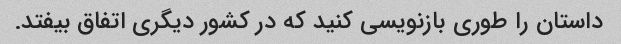
داستان را طوری بازنویسی کنید که در کشور دیگری اتفاق بیفتد.